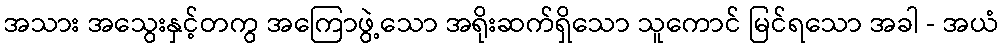
အသား အသွေးနှင့်တကွ အကြောဖွဲ့သော အရိုးဆက်ရှိသော သူကောင် မြင်ရသော အခါ - အယံ